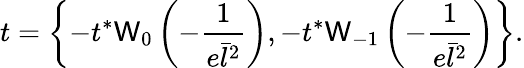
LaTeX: t=\left\{ -t^{*}\mathsf{W}_{0}\left(-\frac{{1}}{{e\bar{{l}}^{2}}}\right),-t^{*}\mathsf{W}_{-1}\left(-\frac{{1}}{{e\bar{{l}}^{2}}}\right)\right\} .